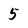
Character: 5